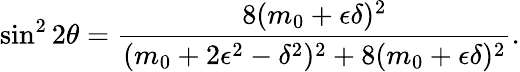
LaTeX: \sin^{2}2\theta={\frac{8(m_{0}+\epsilon\delta)^{2}}{(m_{0}+2\epsilon^{2}-\delta^{2})^{2}+8(m_{0}+\epsilon\delta)^{2}}}.